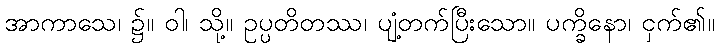
အာကာသေ၊ ၌။ ဝါ၊ သို့။ ဥပ္ပတိတဿ၊ ပျံ့တက်ပြီးသော။ ပက္ခိနော၊ ငှက်၏။